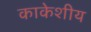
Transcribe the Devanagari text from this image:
काकेशीय